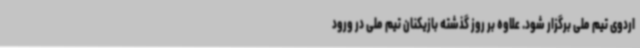
اردوی تیم ملی برگزار شود. علاوه بر روز گذشته بازیکنان تیم ملی در ورود